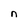
Character: n